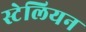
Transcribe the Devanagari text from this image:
स्टेलियन